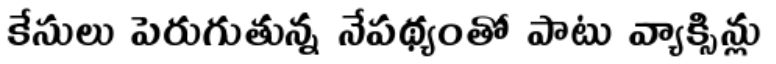
కేసులు పెరుగుతున్న నేపథ్యంతో పాటు వ్యాక్సిన్లు